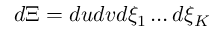
d \Xi = d u d v d { { \xi } _ { 1 } } \ldots d { { \xi } _ { K } }